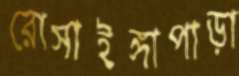
রোসাইঙ্গাপাড়া